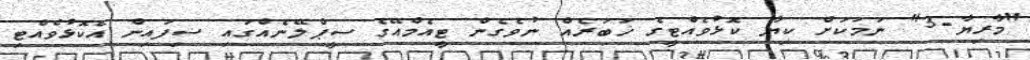
"މާރިޔާ-3" ނަމަކަށް ކިޔާ ކޮޅުވެއްޓީގެ ޚަބަރެއް ނުވެގެން ޓީއެމްއޭގެ ސީޕްލޭނެއްގައި ސިފައިން އެކޮޅުވެއްޓި